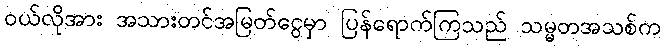
၀ယ်လိုအား အသားတင်အမြတ်ငွေမှာ ပြန်ရောက်ကြသည် သမ္မတအသစ်က